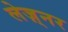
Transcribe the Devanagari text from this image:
लेज़्नर